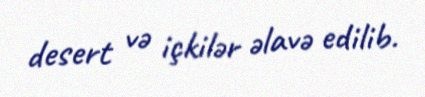
desert və içkilər əlavə edilib.